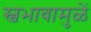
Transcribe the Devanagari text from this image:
स्वभावामुळें